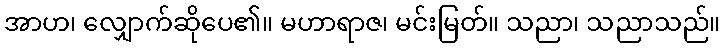
အာဟ၊ လျှောက်ဆိုပေ၏။ မဟာရာဇ၊ မင်းမြတ်။ သညာ၊ သညာသည်။